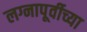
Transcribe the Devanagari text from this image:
लग्नापूर्वीच्या